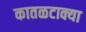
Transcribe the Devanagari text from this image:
कातळटाक्या